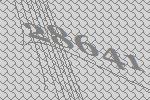
28641